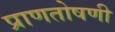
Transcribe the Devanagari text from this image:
प्राणतोषणी